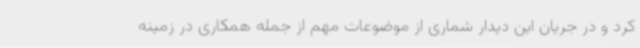
کرد و در جریان این دیدار شماری از موضوعات مهم از جمله همکاری در زمینه